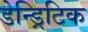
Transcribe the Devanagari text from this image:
डेन्ड्रिटिक